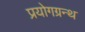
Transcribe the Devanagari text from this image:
प्रयोगग्रन्थ